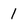
Character: 1